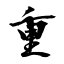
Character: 重